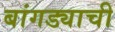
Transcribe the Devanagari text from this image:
बांगड्याची